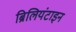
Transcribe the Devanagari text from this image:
ब्रिलियंटाइन